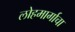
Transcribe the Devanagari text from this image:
लोहमार्गाचा